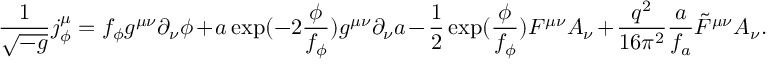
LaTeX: \frac { 1 } { \sqrt { - g } } j _ { \phi } ^ { \mu } = f _ { \phi } g ^ { \mu \nu } \partial _ { \nu } \phi + a \exp ( - 2 \frac { \phi } { f _ { \phi } } ) g ^ { \mu \nu } \partial _ { \nu } a - \frac { 1 } { 2 } \exp ( \frac { \phi } { f _ { \phi } } ) F ^ { \mu \nu } A _ { \nu } + \frac { q ^ { 2 } } { 1 6 \pi ^ { 2 } } \frac { a } { f _ { a } } \tilde { F } ^ { \mu \nu } A _ { \nu } .